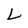
Character: L